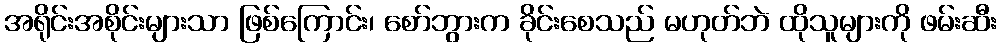
အရိုင်းအစိုင်းများသာ ဖြစ်ကြောင်း၊ စော်ဘွားက ခိုင်းစေသည် မဟုတ်ဘဲ ထိုသူများကို ဖမ်းဆီး